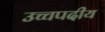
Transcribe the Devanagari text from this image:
उच्चपदीय